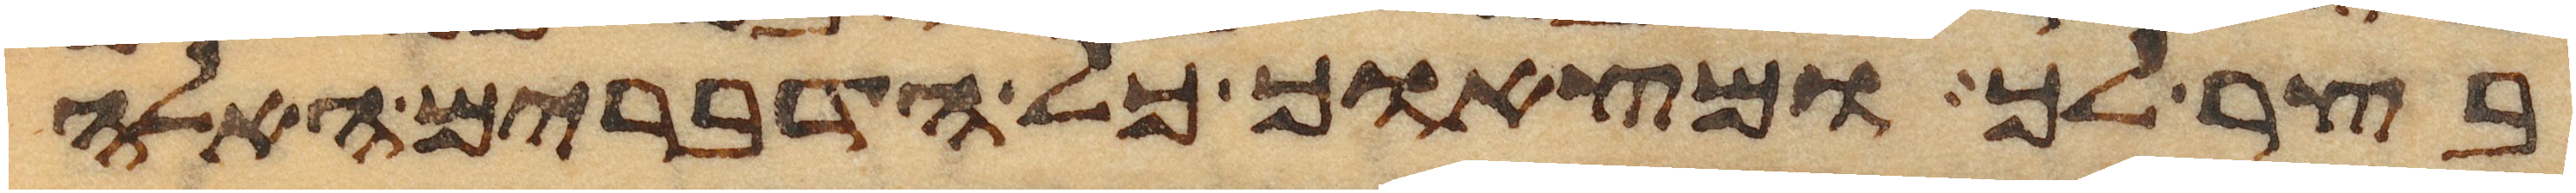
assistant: בצר לך ומצאוך כל הדברים האלה